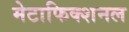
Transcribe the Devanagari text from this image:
मेटाफिक्शनल